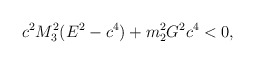
\begin{align*}c^{2} M_{3}^{2} (E^{2} - c^{4}) + m_{2}^{2} G^{2} c^{4} < 0,\end{align*}